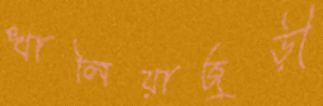
খালিয়াজুড়ী